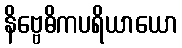
နိဗ္ဗေဓိကပရိယာယော